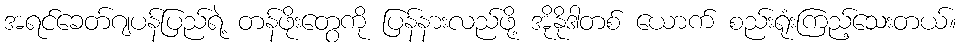
အရင်ခေတ်ဂျပန်ပြည်ရဲ့ တန်ဖိုးတွေကို ပြန်နားလည်ဖို့ အိုနိုဒါတစ် ယောက် စည်းရုံးကြည့်သေးတယ်။